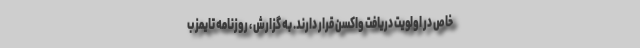
خاص در اولویت دریافت واکسن قرار دارند. به گزارش ، روزنامه تایمز ب